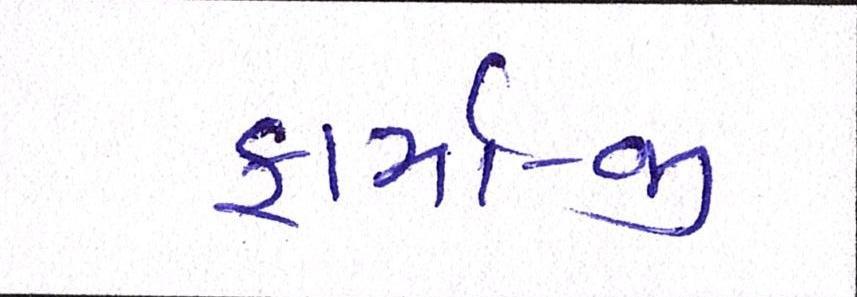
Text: ફાર્મા-જી